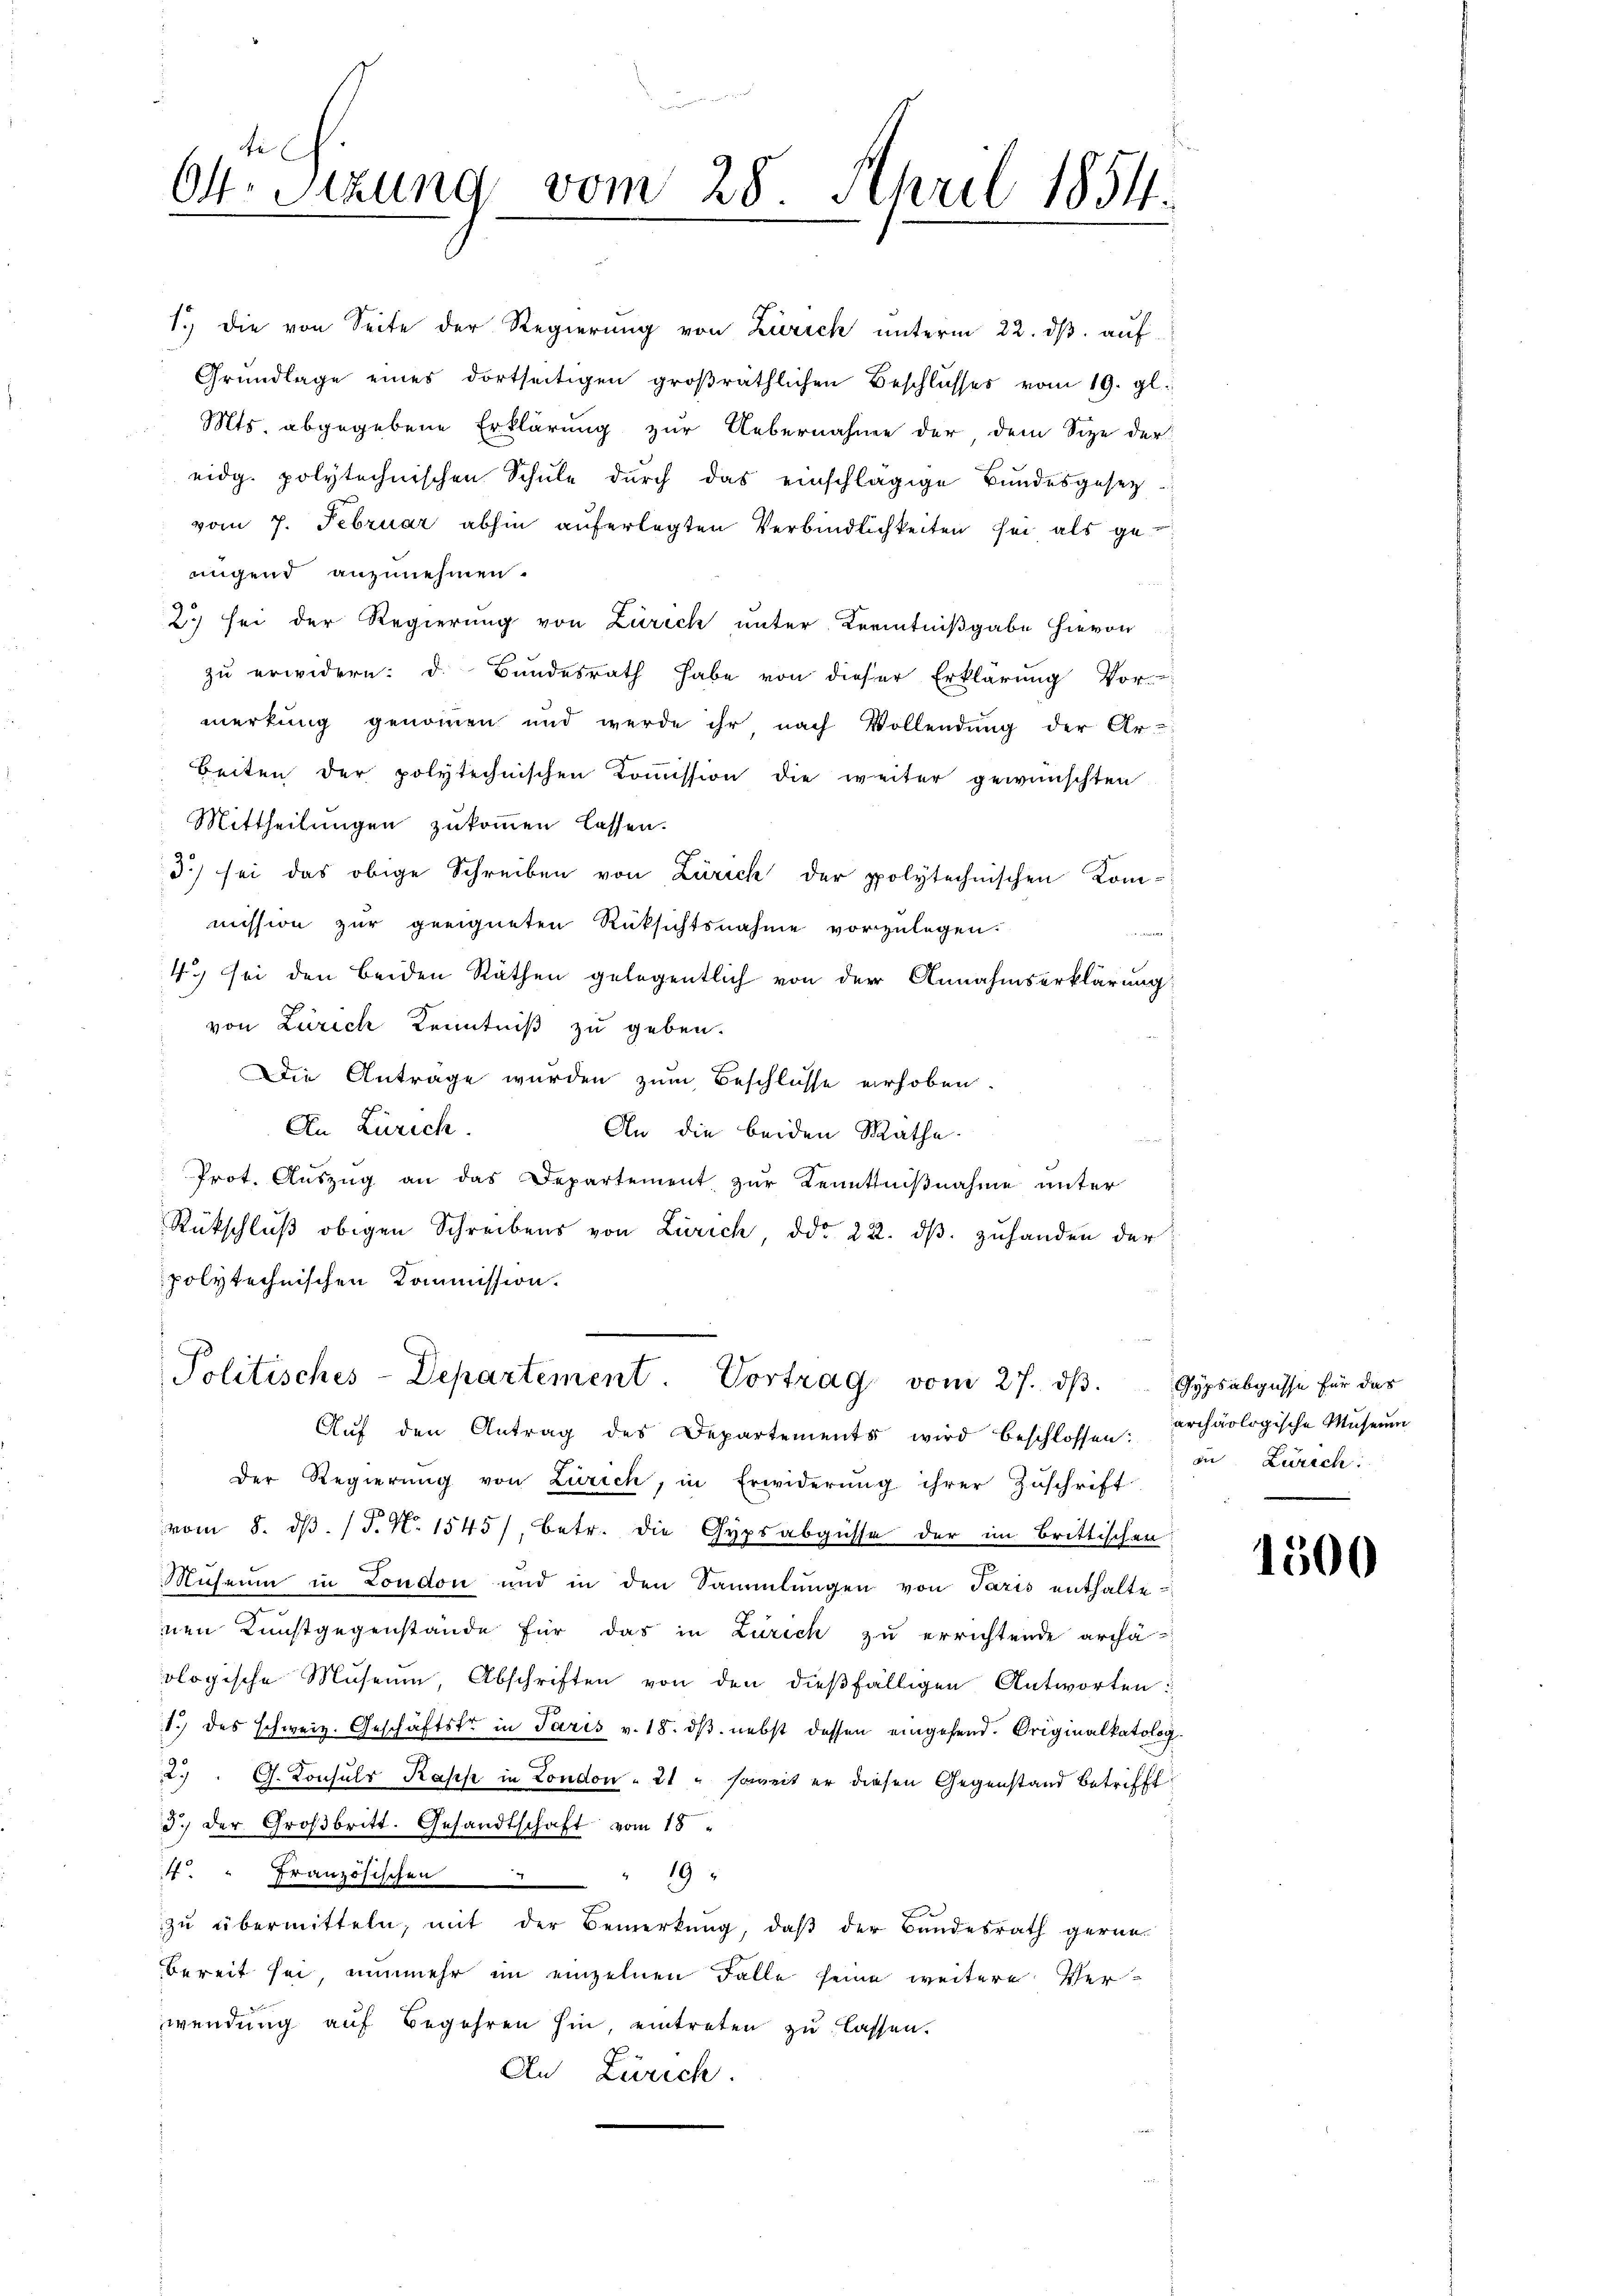
Ot. Sitzung vom 28. April 1854.

An Zürich.
An die beiden Rathe.
f
Prot. Auszug an das Departement, zur Kenntnißnahme unter
Rückschlŭβ obigen Schreibens von Zürich, ddo 22. dβ zuhanden der
polytechnischen Kommission.

1.) Die von Seite der Regierung von Zürich unterm 22. ds. auf
Grŭndlage eines dortseitigen groβräthlichen Beschlŭsses vom 19. gl.
Mts. abgegebene Erklärung zur Uebernahme der dem Size der
eidg. polytechnischen Schule durch das einschlägige Bundesgesetzvom 7. Februar abhin auferlegten Verbindlichkeiten sei als geaugend anzunehmen.
2.) sei der Regierung von Zürich unter Kenntnißgabe hievon
zu erwidern: d. Bundesrath habe von dieser Erklärung Vor-
merkung genommen und werde ihr nach Vollendung der Ar-
Beiten der polytechnischen Kommission die weiter gewünschten
Mittheilungen zukommen lassen.
3) sei das obige Schreiben von Zürich der polytechnischen Kommission zur geeigneten Rüksichtsnahme vorzulegen.
4.) Sei den beiden Räthen gelegentlich von der Annahmserklärung
von Zürich Kenntniß zu geben.
Die Anträge wurden zum Beschlüsse erhoben.

Politisches-Departement. Vortrag vom 27. dβ.

Aŭf den Antrag des Departements wird beschlossen: archäologische Mŭsern
Der Regierŭng von Zürich, in Erwiderŭng ihrer Zŭschrift
vom 8. dβ. /J.M. 1545), betr. die Gypsabgüsse der im Brittischen:
Museum in London und in den Sammlŭngen von Paris enthalte-
nen Kunstgegenstande für das in Zürich zu errichtende archä-
ologische Museum, Abschriften von den dießfälligen Antworten:
1.) des schweiz. Geschäftstr in Paris v. 18. dβ. nebst dessen eingehend. Originalkatolog.
2. " G. Consuls Kasis in London " 21 " soweit er diesen Gegenstand betrifft
3.) Der Großbritt. Gesandtschaft vom 18.
4. " Französischen
"19
zu übermitteln, mit der Bemerkung, daß der Bundesrath gernebereit sei nunmehr im einzelnen Falle seine weitere Verwendung auf Begehren hin, eintreten zu lassen.
An Zürich.

Gypsabgüsse für das
in Zürich:

1500